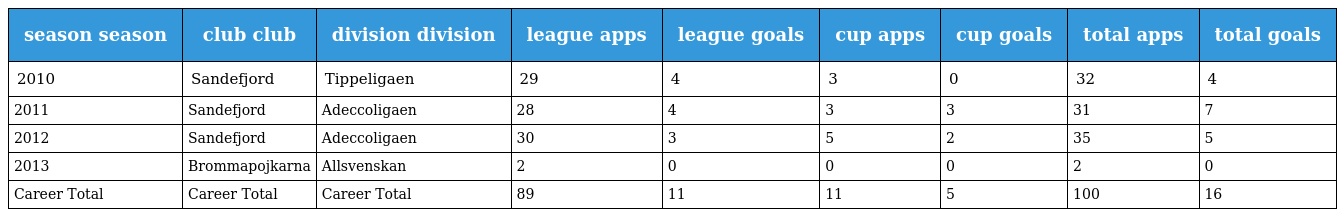
| season season | club club | division division | league apps | league goals | cup apps | cup goals | total apps | total goals |
 | --- | --- | --- | --- | --- | --- | --- | --- | --- |
 | 2010 | Sandefjord | Tippeligaen | 29 | 4 | 3 | 0 | 32 | 4 |
 | 2011 | Sandefjord | Adeccoligaen | 28 | 4 | 3 | 3 | 31 | 7 |
 | 2012 | Sandefjord | Adeccoligaen | 30 | 3 | 5 | 2 | 35 | 5 |
 | 2013 | Brommapojkarna | Allsvenskan | 2 | 0 | 0 | 0 | 2 | 0 |
 | Career Total | Career Total | Career Total | 89 | 11 | 11 | 5 | 100 | 16 |